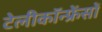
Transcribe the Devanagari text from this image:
टेलीकॉन्फ्रेंसों